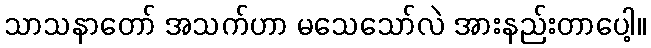
သာသနာတော် အသက်ဟာ မသေသော်လဲ အားနည်းတာပေါ့။